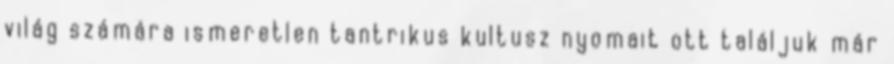
világ számára ismeretlen tantrikus kultusz nyomait ott találjuk már